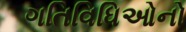
ગતિવિધિઓનો